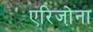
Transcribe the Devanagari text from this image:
एरिजो़ना